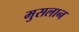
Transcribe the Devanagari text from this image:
मुसलान